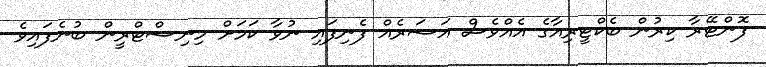
ފޮންޓޭރާ ކިރުން ބެކްޓީރިއާގެ އެއްވެސް އަސަރެއް ފެނިފައި ނުވާ ކަމަށް މިނިސްޓްރީން ބުނެފައިވެ